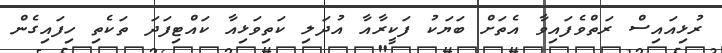
ރުޅިއައިސް ރަތްވެފައިވާ އެތަށް ބަޔަކު ފަކީރާއާ އުދަލި ކަތިވަޅިއާ ކައްޓިފަދަ ތަކެތި ހިފައިގެން